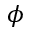
\phi